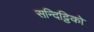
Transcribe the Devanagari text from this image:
सन्दिट्ठिको